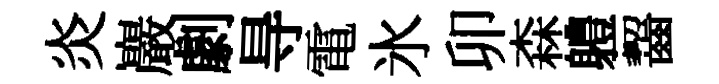
炎巖劇㝵電氷卯森軆齧